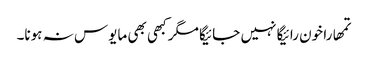
تمھارا خون رائیگا نہیں جائیگا مگر کبھی بھی مایوس نہ ہونا۔